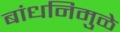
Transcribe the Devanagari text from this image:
बांधनिमुळे